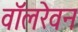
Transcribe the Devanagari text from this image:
वॉलरेवन